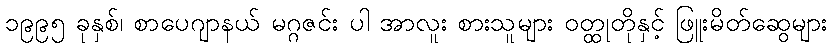
၁၉၉၅ ခုနှစ်၊ စာပေဂျာနယ် မဂ္ဂဇင်း ပါ အာလူး စားသူများ ဝတ္ထုတိုနှင့် ဖြူးမိတ်ဆွေများ